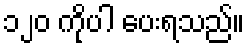
၁၂၀ ကိုပါ ပေးရသည်။